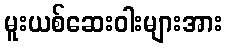
မူးယစ်ဆေးဝါးများအား